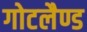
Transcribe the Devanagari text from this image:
गोटलैण्ड